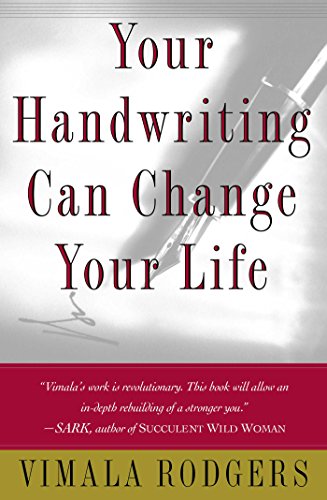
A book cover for Your Handwriting Can Change Your Life!; Vimala Rodgers; Self-Help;